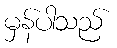
မှန်ပါသည်